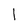
Character: I